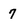
Character: 7